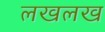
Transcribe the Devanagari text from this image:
लखलख